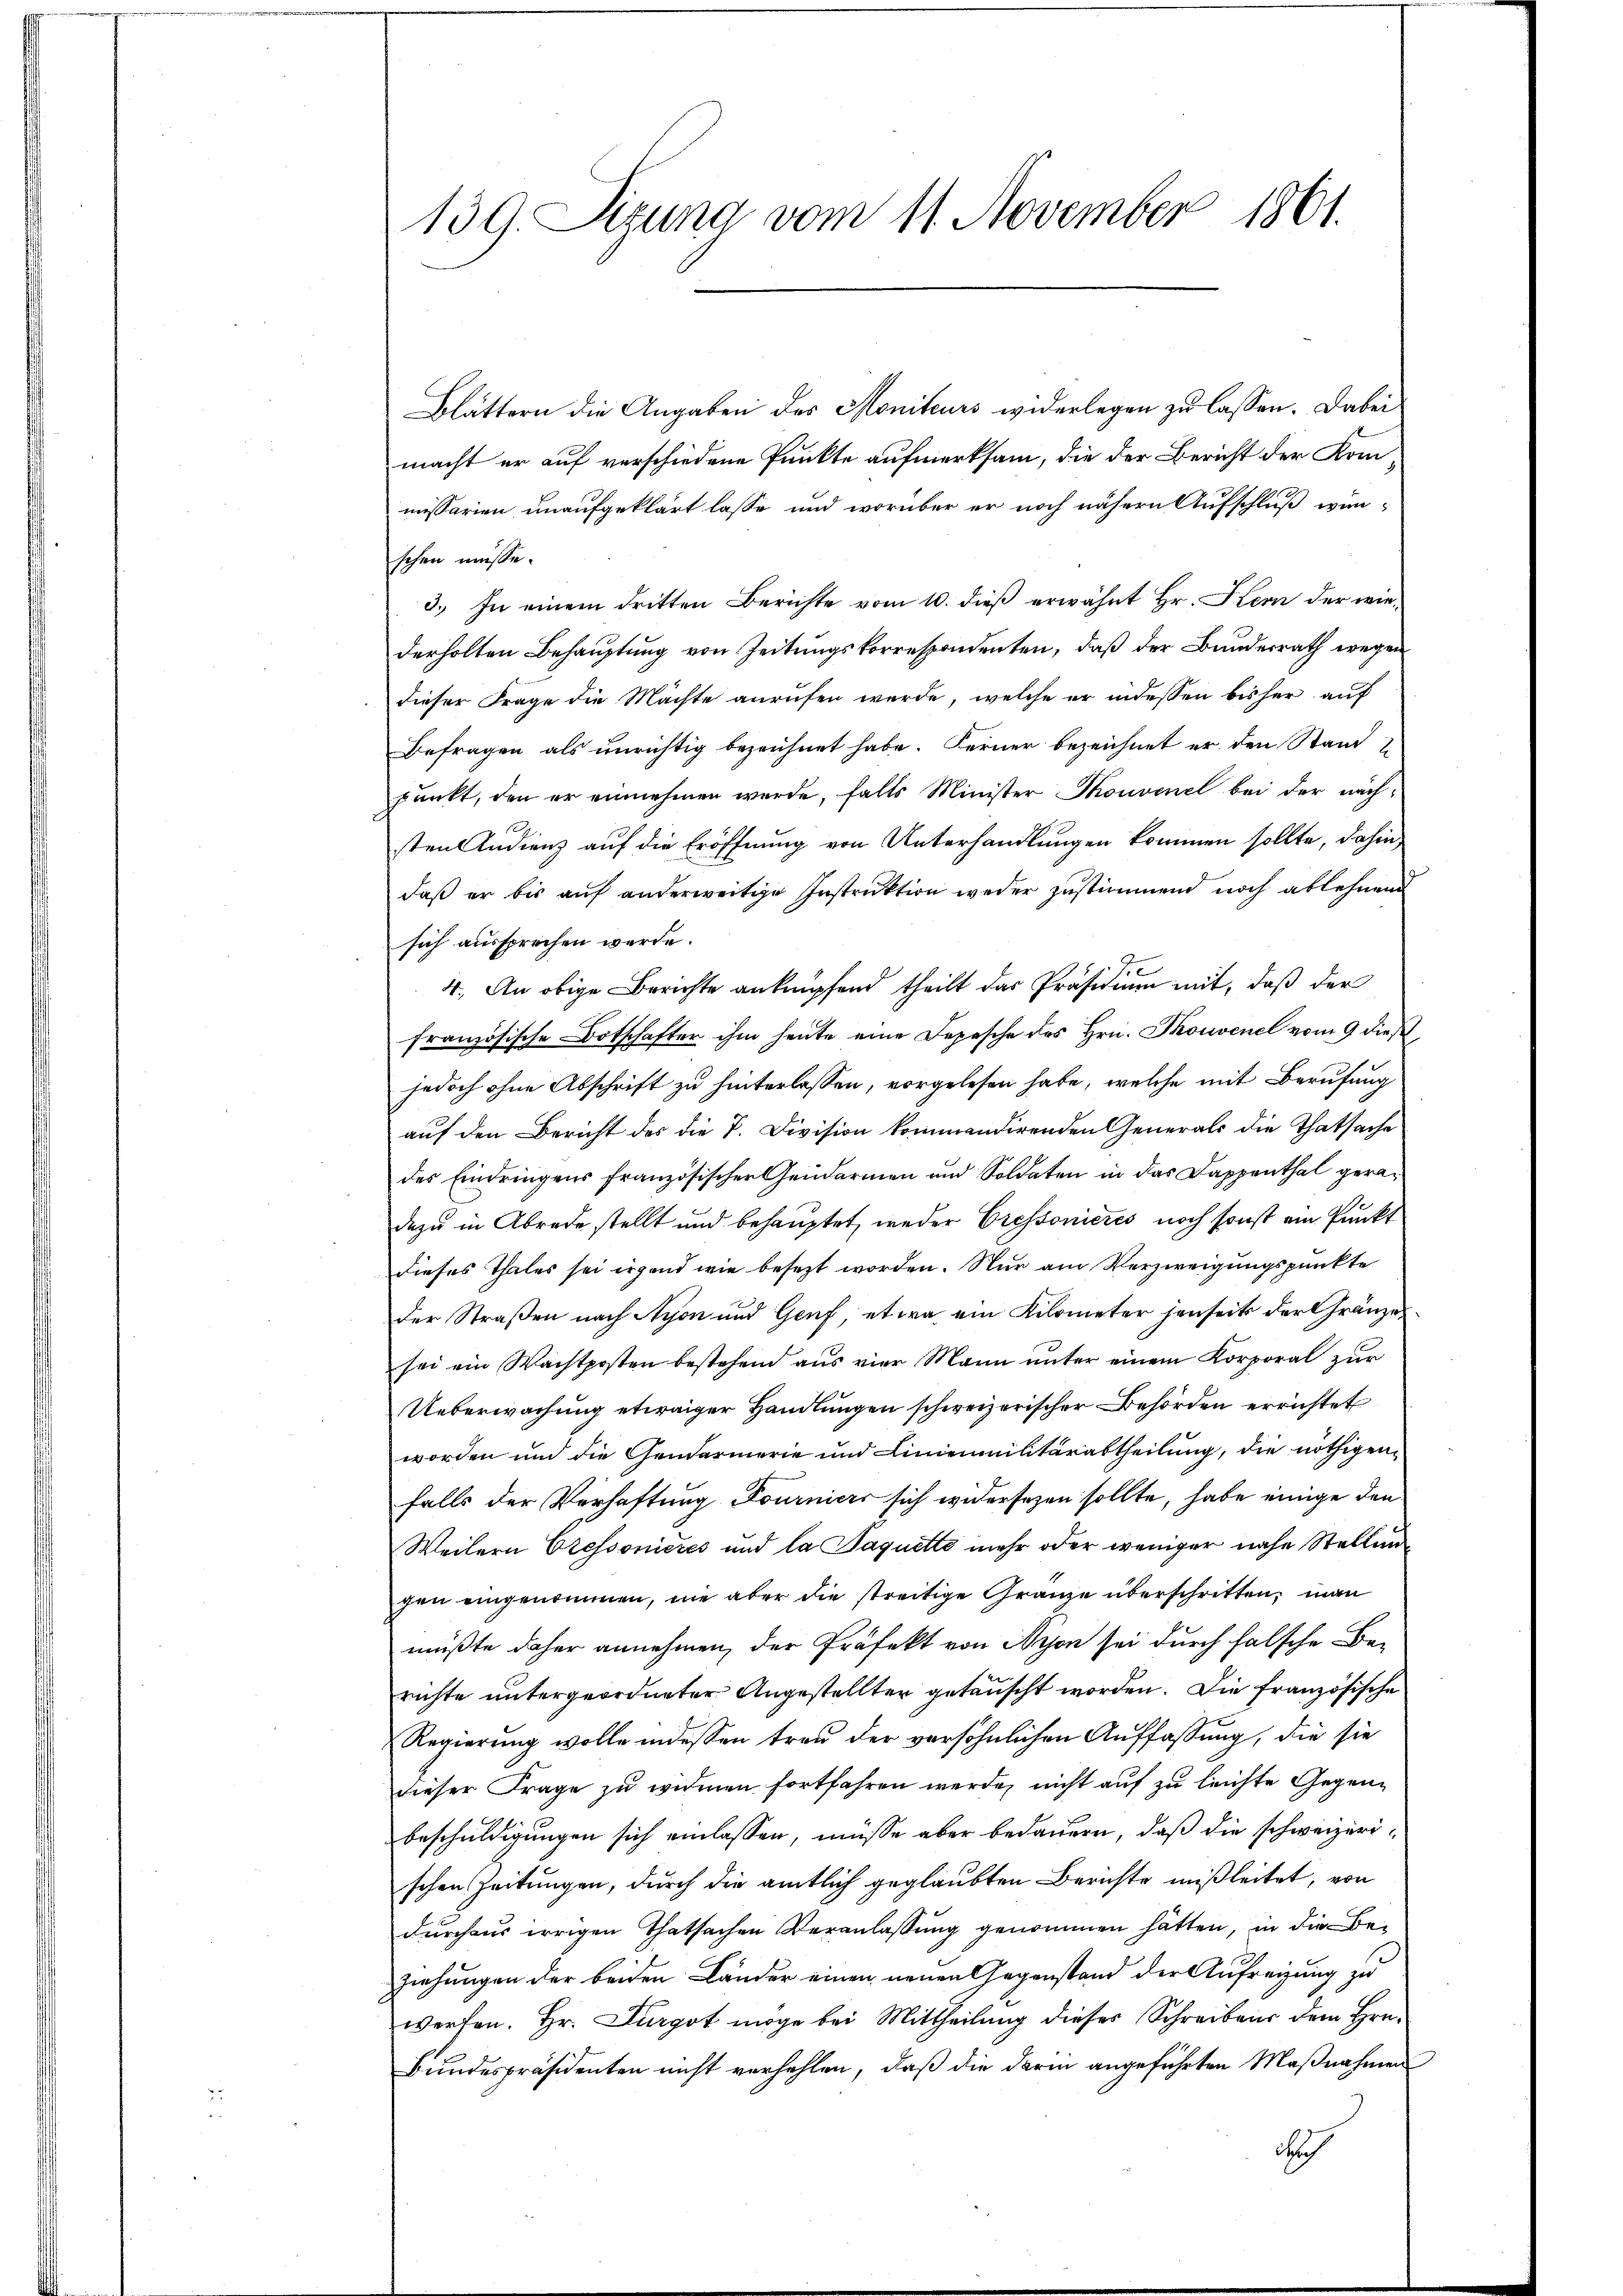
139. Sizung vom 11. November 1861.

Blättern die Angaben des Moniteurs widerlegen zu lassen. Dabei
macht er auf verschiedene Punkte aufmerksam, die der Bericht der Kommissarien unaufgeklärt lasse und worüber er noch nähern Aufschluß wurschen müsse.
3.) In einem dritten Berichte vom 10. dieß erwähnt Hr. Kern der wiederholten Behauptung von Zeitungskorrespondenten, daß der Bundesrath wegen
dieser Frage die Mächte anrufen werde, welche er indessen bisher auf
Befragen als unrichtig bezeichnet habe. Ferner bezeichnet er den Stand
punkt, den er einnehmen werde, falls Minister Thouvinel bei der nächsten Indienz auf die Eröffnung von Unterhandlungen kommen sollte, dahin
daß er bis auf anderweitige Instruktion weder zustimmend noch ablehnend
sich aussprechen werde.
.
e
4. An obige Berichte anknüpfend theilt das Präsidium mit, daß der
französische Botschafter ihm heute eine Depesche des Hrn. Thouvenel vom 9 dieß
jedoch ohne Abschrift zu hinterlassen, vorgelesen habe, welche mit Berufung
auf den Bericht des die P. Division kommendirenden Generals die Thatsache
des Eindringens französischer Gendarmen und Soldaten in das Dappenthal geradazu in Abrede stellt und behauptet, weder Cressonieres noch sonst ein Punkt
dieses Thales sei irgend wie besezt worden. Nur am Verzweigungspunkte
der Straßen nach Nyon und Genf, etwa ein Kilometer jenseits der Gränzersei ein Wachtposten bestehend aus vier Mann unter einem Korporal zur
Ueberwachung etwaiger Handlungen schweizerischer Behörden errichtet
worden und die Gendarmerie und Linienmilitärabtheilung, die nöthigen
falls der Verhaftung Fourniers sich widersezen sollte, habe einige den
Weilern Cressonieres und la Jaquette mehr oder weniger nahe Stellung
gen eingenommen, nie aber die streitige Gränze überschritten, man
müßte daher annehmen, der Präfekt von Nyon sei durch falsche Berichte untergeordneter Angestellter getauscht worden. Die französische
Regierŭng wolle indessen treu der versöhnlichen Auffassung, die sie
dieser Frage zu widmen fortfahren werde, nicht auf zu leichte Gegenbeschuldigungen sich einlassen, müsse aber bedauern, daß die schweizerischen Zeitungen, durch die amtlich geglaubten Berichte mißleitet, von
durchaus irrigen Thatsachen Veranlassung genommen hätten, in die Beziehungen der beiden Länder einen neuen Gegenstand der Aufreiung zu
werfen. Hr. Furgot möge bei Mittheilung dieses Schreibens dem Hrn.
Bundespräsidenten nicht verhehlen, daß die darin angeführten Maßnahmen
durch